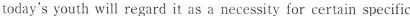
today's youth will regard it as a necessity for certain specific